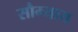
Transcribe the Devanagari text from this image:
सौम्याय